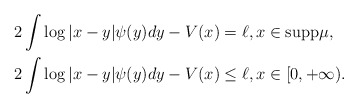
\begin{align*}&2\int \log|x-y|\psi(y)dy - V(x) = \ell, x\in\mathrm{supp}\mu, \\&2\int \log|x-y|\psi(y)dy - V(x) \leq \ell, x\in [0,+\infty).\end{align*}